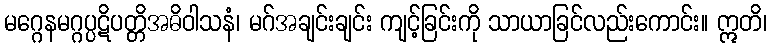
မဂ္ဂေနမဂ္ဂပ္ပဋိပတ္တိအဓိဝါသနံ၊ မဂ်အချင်းချင်း ကျင့်ခြင်းကို သာယာခြင်လည်းကောင်း။ ဣတိ၊